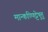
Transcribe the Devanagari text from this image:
मान्कण्णिट्टेषु़त्तु